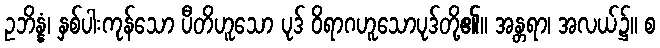
ဥဘိန္နံ၊ နှစ်ပါးကုန်သော ပီတိဟူသော ပုဒ် ဝိရာဂဟူသောပုဒ်တို့၏။ အန္တရာ၊ အလယ်၌။ စ